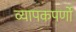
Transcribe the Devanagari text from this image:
व्यापकपर्णो